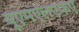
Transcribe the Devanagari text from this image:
यूएमएलएफए